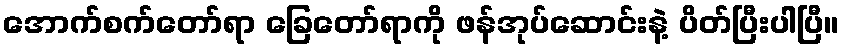
အောက်စက်တော်ရာ ခြေတော်ရာကို ဖန်အုပ်ဆောင်းနဲ့ ပိတ်ပြီးပါပြီ။